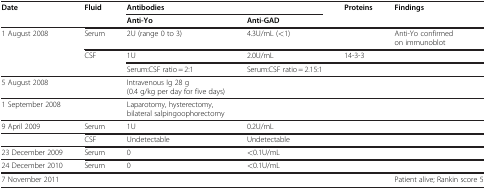
<table><thead><tr><td rowspan="2"><b>Date</b></td><td rowspan="2"><b>Fluid</b></td><td colspan="2"><b>Antibodies</b></td><td rowspan="2"><b>Proteins</b></td><td rowspan="2"><b>Findings</b></td></tr><tr><td><b>Anti-Yo</b></td><td><b>Anti-GAD</b></td></tr></thead><tbody><tr><td rowspan="3">1 August 2008</td><td>Serum</td><td>2U (range 0 to 3)</td><td>4.3U/mL (&lt;1)</td><td> </td><td>Anti-Yo confirmed on immunoblot</td></tr><tr><td rowspan="2">CSF</td><td>1U</td><td>2.0U/mL</td><td>14-3-3</td><td> </td></tr><tr><td>Serum:CSF ratio = 2:1</td><td>Serum:CSF ratio = 2.15:1</td><td> </td><td> </td></tr><tr><td>5 August 2008</td><td> </td><td>Intravenous Ig 28 g (0.4 g/kg per day for five days)</td><td> </td><td> </td><td> </td></tr><tr><td>1 September 2008</td><td> </td><td>Laparotomy, hysterectomy, bilateral salpingoophorectomy</td><td> </td><td> </td><td> </td></tr><tr><td>9 April 2009</td><td>Serum</td><td>1U</td><td>0.2U/mL</td><td> </td><td> </td></tr><tr><td> </td><td>CSF</td><td>Undetectable</td><td>Undetectable</td><td> </td><td> </td></tr><tr><td>23 December 2009</td><td>Serum</td><td>0</td><td>&lt;0.1U/mL</td><td> </td><td> </td></tr><tr><td>24 December 2010</td><td>Serum</td><td>0</td><td>&lt;0.1U/mL</td><td> </td><td> </td></tr><tr><td>7 November 2011</td><td> </td><td> </td><td> </td><td> </td><td>Patient alive; Rankin score 5</td></tr></tbody></table>